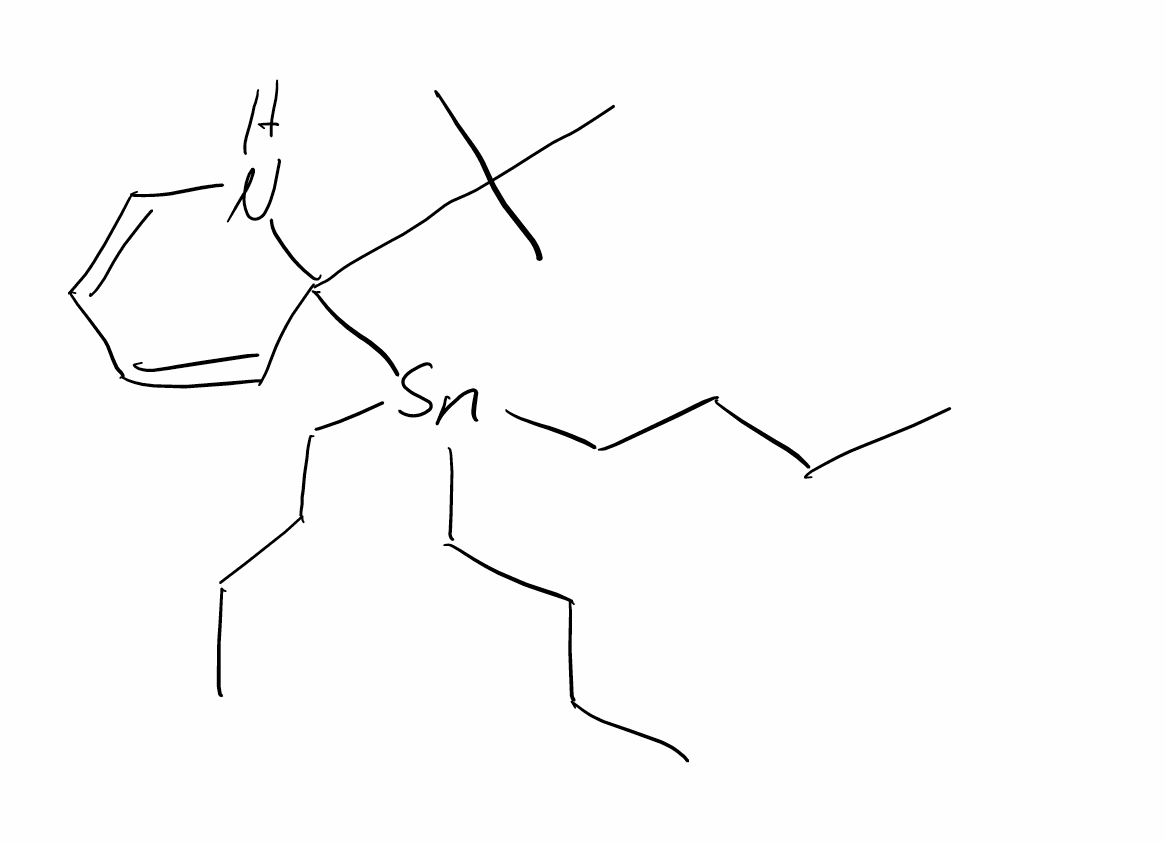
Simplified molecular-input line-entry system (SMILES) notation of the given molecule:
CCCC[Sn](CCCC)(CCCC)C1(C=CC=CN1)C(C)(C)C